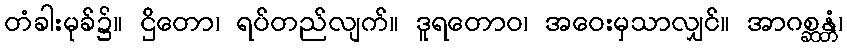
တံခါးမုခ်၌။ ဌိတော၊ ရပ်တည်လျက်။ ဒူရတောဝ၊ အဝေးမှသာလျှင်။ အာဂစ္ဆန္တံ၊